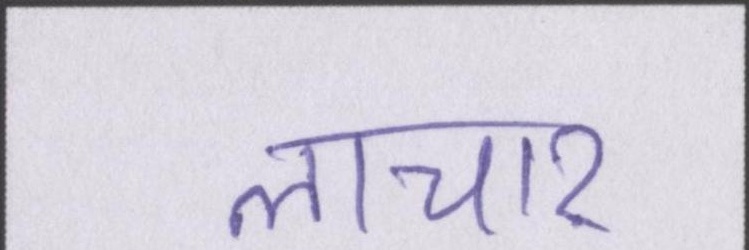
लाचार